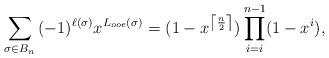
LaTeX: \begin{align*}\sum_{\sigma \in B_n}{(-1)^{\ell(\sigma)}x^{L_{ooe}(\sigma)}}=(1-x^{\left\lceil \frac{n}{2}\right\rceil})\prod_{i=i}^{n-1} (1-x^i),\end{align*}